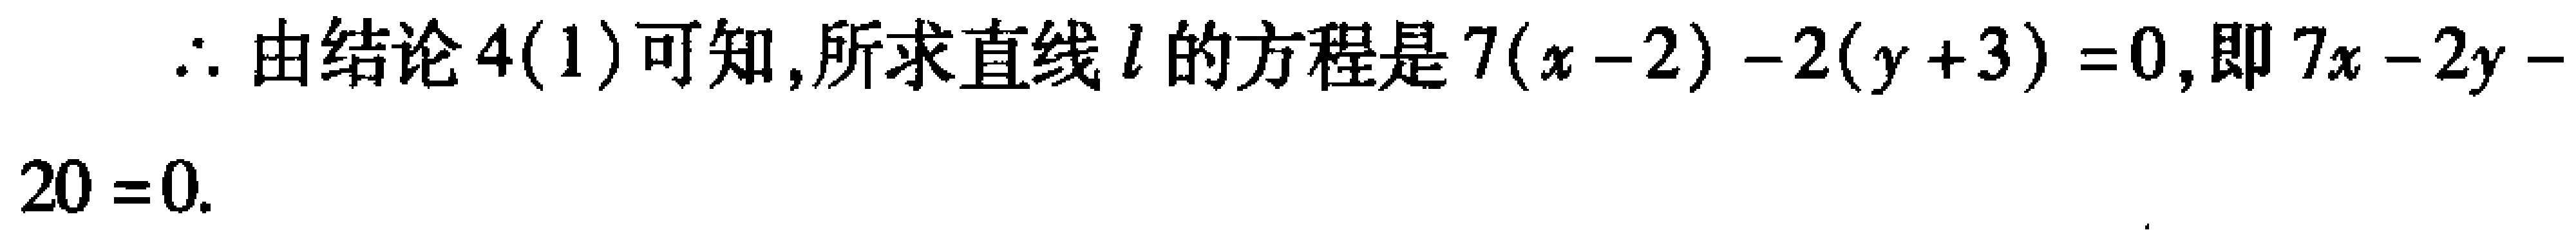
$\therefore$ 由结论 $4(1)$ 可知,所求直线 $l$ 的方程是 $7(x - 2)-2(y + 3)=0$,即 $7x - 2y - 20 = 0$.